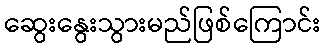
ဆွေးနွေးသွားမည်ဖြစ်ကြောင်း